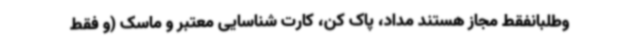
وطلبانفقط مجاز هستند مداد، پاک کن، کارت شناسایی معتبر و ماسک (و فقط